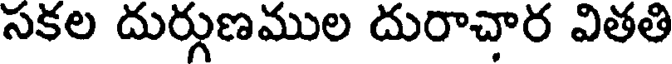
సకల దుర్గుణముల దురాచార వితతి